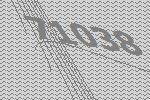
71038